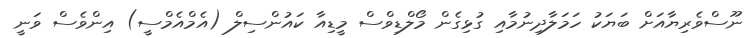
ނޫސްވެރިޔާއަށް ބަޔަކު ހަމަލާދިނުމާއި ގުޅިގެން މޯލްޑިވްސް މީޑިއާ ކައުންސިލް (އެމްއެމްސީ) އިންވެސް ވަނީ